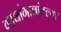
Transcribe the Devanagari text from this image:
गावांगावांतल्या